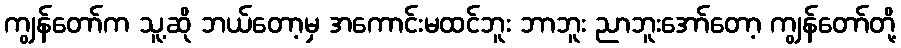
ကျွန်တော်က သူ့ဆို ဘယ်တော့မှ အကောင်းမထင်ဘူး ဘာဘူး ညာဘူးအော်တော့ ကျွန်တော်တို့